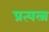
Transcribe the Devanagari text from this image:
प्रत्यत्न